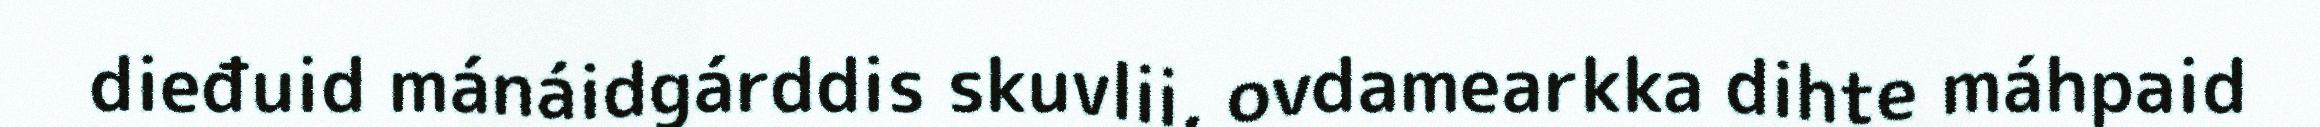
dieđuid mánáidgárddis skuvlii, ovdamearkka dihte máhpaid